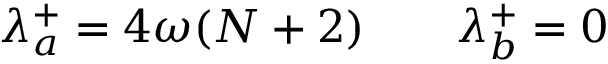
\lambda _ { a } ^ { + } = 4 \omega ( N + 2 ) \qquad \lambda _ { b } ^ { + } = 0